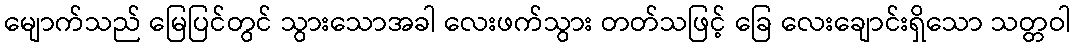
မျောက်သည် မြေပြင်တွင် သွားသောအခါ လေးဖက်သွား တတ်သဖြင့် ခြေ လေးချောင်းရှိသော သတ္တဝါ